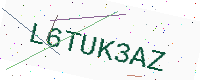
Text: L6TUK3AZ